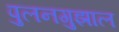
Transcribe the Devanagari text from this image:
पुलनगुझाल